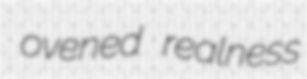
ovened realness